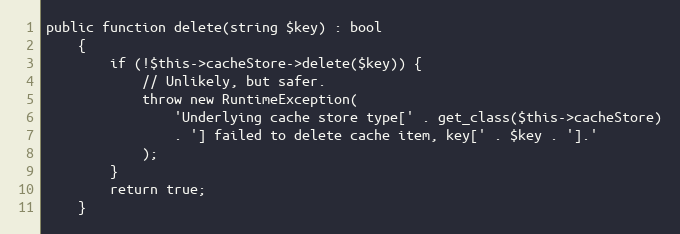
Language: PHP
public function delete(string $key) : bool
    {
        if (!$this->cacheStore->delete($key)) {
            // Unlikely, but safer.
            throw new RuntimeException(
                'Underlying cache store type[' . get_class($this->cacheStore)
                . '] failed to delete cache item, key[' . $key . '].'
            );
        }
        return true;
    }